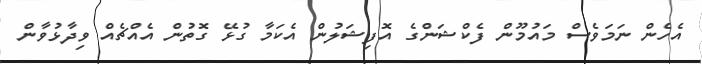
އެހެން ނަމަވެސް މައުމޫން ފެކްޝަންގެ އޮފިޝަލުން އެކަމާ ގުޅޭ ގޮތުން އެއްޗެއް ވިދާޅުވާން